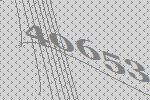
40653